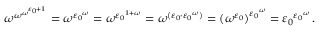
\omega ^ { \omega ^ { \omega ^ { \varepsilon _ { 0 } + 1 } } } = \omega ^ { { \varepsilon _ { 0 } } ^ { \omega } } = \omega ^ { { \varepsilon _ { 0 } } ^ { 1 + \omega } } = \omega ^ { ( \varepsilon _ { 0 } \cdot { \varepsilon _ { 0 } } ^ { \omega } ) } = { ( \omega ^ { \varepsilon _ { 0 } } ) } ^ { { \varepsilon _ { 0 } } ^ { \omega } } = { \varepsilon _ { 0 } } ^ { { \varepsilon _ { 0 } } ^ { \omega } } \, .